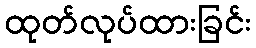
ထုတ်လုပ်ထားခြင်း